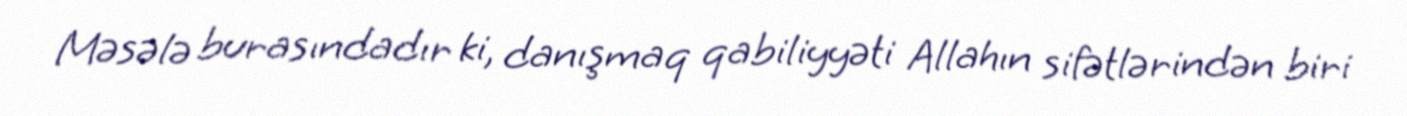
Məsələ burasındadır ki, danışmaq qabiliyyəti Allahın sifətlərindən biri